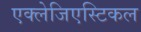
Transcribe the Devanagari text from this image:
एक्लेजिएस्टिकल